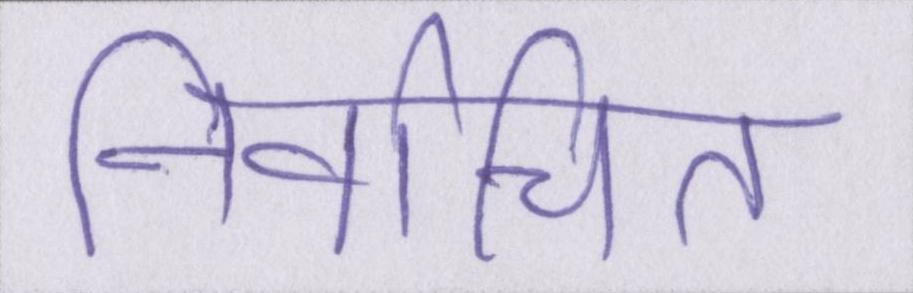
निर्वाचित